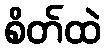
စိတ်ထဲ